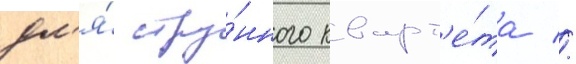
дл'я́ стру́нного кварт'е́та //